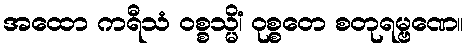
အထော ကရီသံ ဝစ္စသ္မိံ၊ ဝုစ္စတေ စတုရမ္ဗဏေ။